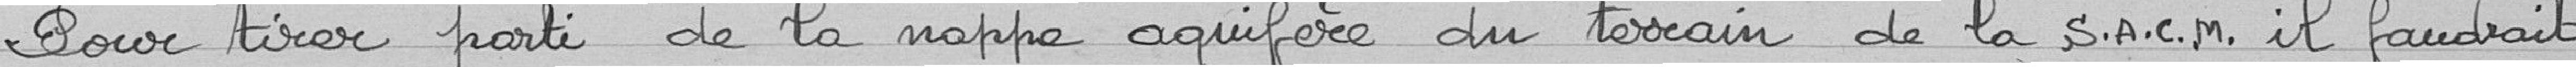
Pour tirer parti de la nappe aquifère du terrain de la Société Alsacienne de Constructions Mécanique il faudrait